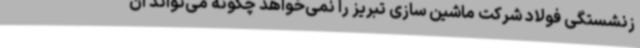
زنشستگی فولاد شرکت ماشین سازی تبریز را نمی‌خواهد چگونه می‌تواند آن